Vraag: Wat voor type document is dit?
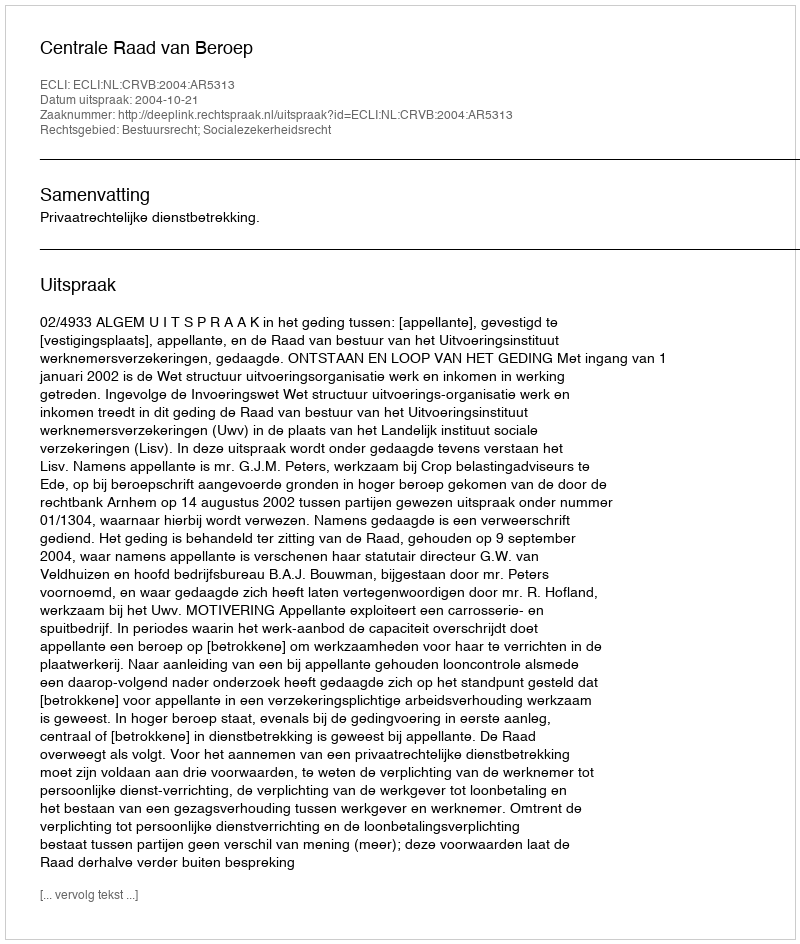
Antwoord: Uitspraak